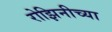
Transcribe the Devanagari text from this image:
रोझिनीच्या